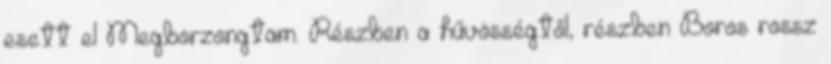
esett el Megborzongtam. Részben a hűvösségtől, részben Boros rossz